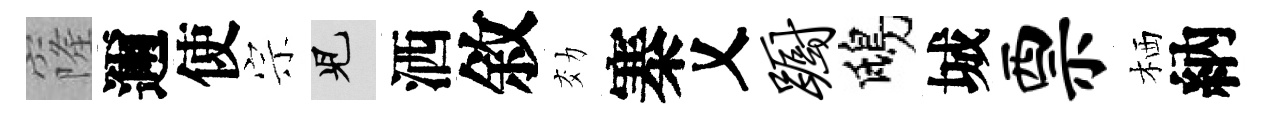
窿邇使宗兒洒敘効寨乂蹰鴟城票栖納